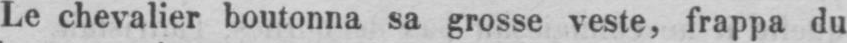
Le chevalier boutonna sa grosse veste, frappa du